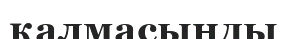
қалмасыңды